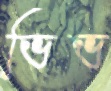
ভিভ